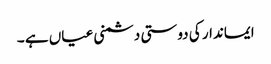
ایماندار کی دوستی دشمنی عیاں ہے ۔